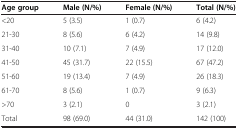
<table><thead><tr><td><b>Age group</b></td><td><b>Male (N/%)</b></td><td><b>Female (N/%)</b></td><td><b>Total (N/%)</b></td></tr></thead><tbody><tr><td>&lt;20</td><td>5 (3.5)</td><td>1 (0.7)</td><td>6 (4.2)</td></tr><tr><td>21-30</td><td>8 (5.6)</td><td>6 (4.2)</td><td>14 (9.8)</td></tr><tr><td>31-40</td><td>10 (7.1)</td><td>7 (4.9)</td><td>17 (12.0)</td></tr><tr><td>41-50</td><td>45 (31.7)</td><td>22 (15.5)</td><td>67 (47.2)</td></tr><tr><td>51-60</td><td>19 (13.4)</td><td>7 (4.9)</td><td>26 (18.3)</td></tr><tr><td>61-70</td><td>8 (5.6)</td><td>1 (0.7)</td><td>9 (6.3)</td></tr><tr><td>&gt;70</td><td>3 (2.1)</td><td>0</td><td>3 (2.1)</td></tr><tr><td>Total</td><td>98 (69.0)</td><td>44 (31.0)</td><td>142 (100)</td></tr></tbody></table>